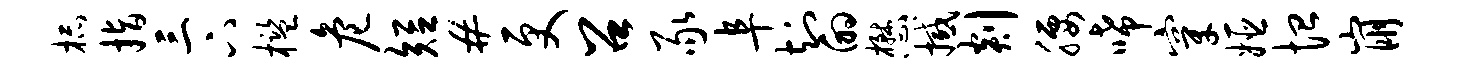
杯指三下槛危短#更召豕阜知的懋撼剡腰唏穿姬恤崩